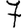
Digit: 7